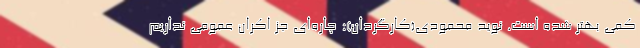
کمی بهتر شده است. نوید محمودی(کارگردان): چاره‌ای جز اکران عمومی نداریم